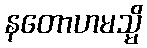
နတောဟမသ္မိ